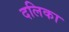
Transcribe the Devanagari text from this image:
दलिका